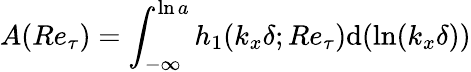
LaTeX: A(Re_{\tau})=\int_{-\infty}^{\ln a}h_{1}(k_{x}\delta;Re_{\tau})\mathrm{d}(\ln(k_{x}\delta))